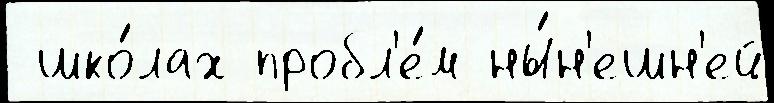
 шко́лах пробл'е́м ны́н'ешн'ей